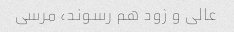
عالی و زود هم رسوند، مرسی